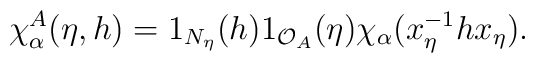
\chi^{A}_{\alpha}(\eta,h)=1_{N_{\eta}}(h)1_{\mathcal{O}_A}(\eta)\chi_{\alpha}(x_{\eta}^{-1}h x_{\eta}).